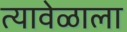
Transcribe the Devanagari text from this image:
त्यावेळाला